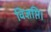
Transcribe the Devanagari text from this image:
विज्ञप्ति।